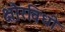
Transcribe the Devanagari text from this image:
क्षौरविधी